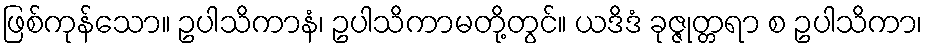
ဖြစ်ကုန်သော။ ဥပါသိကာနံ၊ ဥပါသိကာမတို့တွင်။ ယဒိဒံ ခုဇ္ဇုတ္တရာ စ ဥပါသိကာ၊